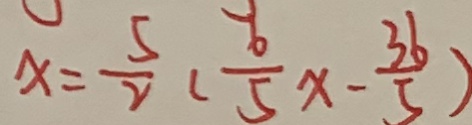
x = \frac { 5 } { 2 } ( \frac { 6 } { 5 } x - \frac { 3 6 } { 5 } )